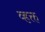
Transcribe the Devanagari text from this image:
व्हक्त